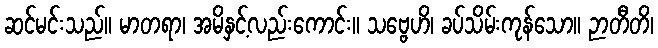
ဆင်မင်းသည်။ မာတရာ၊ အမိနှင့်လည်းကောင်း။ သဗ္ဗေဟိ၊ ခပ်သိမ်းကုန်သော။ ဉာတီတိ၊